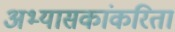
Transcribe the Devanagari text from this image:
अभ्यासकांकरिता